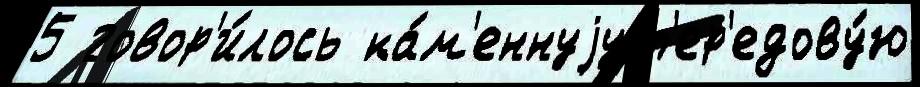
5 говор'и́лось ка́м'еннуjу п'ер'едову́ю